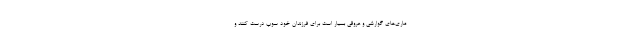
ماری‌های گوارشی و عروقی بسیار است برای فرزندان خود سوپ درست کنند و